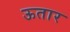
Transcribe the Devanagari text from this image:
ऊतार